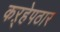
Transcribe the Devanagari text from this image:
कऱ्हेपठार